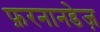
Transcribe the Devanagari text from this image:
फ़रनानडेज़